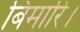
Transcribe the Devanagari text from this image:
बिमारि।